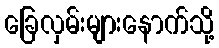
ခြေလှမ်းများနောက်သို့